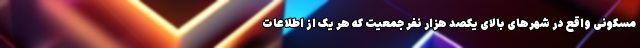
مسکونی واقع در شهرهای بالای یکصد هزار نفر جمعیت که هر یک از اطلاعات